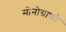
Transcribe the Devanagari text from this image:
मोनोग्राफो